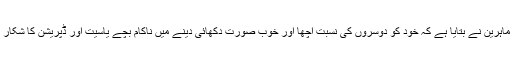
کئی سماجی ماہرین نے بتایا ہے کہ خود کو دوسروں کی نسبت اچھا اور خوب صورت دکھائی دینے میں ناکام بچے یاسیت اور ڈپریشن کا شکار ہوجاتے ہیں۔